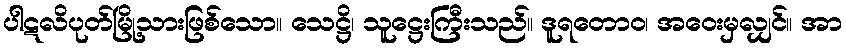
ပါဋလိပုတ်မြို့သားဖြစ်သော။ သေဋ္ဌိ၊ သူဋ္ဌေးကြီးသည်။ ဒူရတောဝ၊ အဝေးမှလျှင်။ အာ